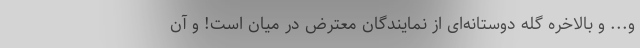
و... و بالاخره گله دوستانه‌ای از نمایندگان معترض در میان است! و آن